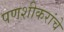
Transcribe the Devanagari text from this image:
पणशीकरांचे